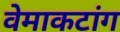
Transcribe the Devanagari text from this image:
वेमाकटांग